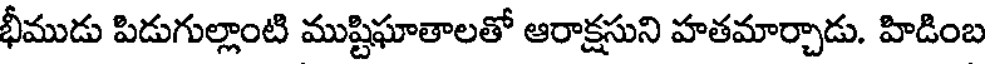
భీముడు పిడుగుల్లాంటి ముష్టిఘాతాలతో ఆరాక్షసుని హతమార్చాడు. హిడింబ